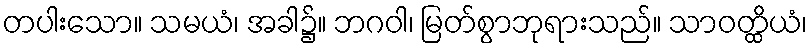
တပါးသော။ သမယံ၊ အခါ၌။ ဘဂဝါ၊ မြတ်စွာဘုရားသည်။ သာဝတ္ထိယံ၊